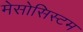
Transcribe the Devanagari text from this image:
मेसोसिस्टम